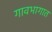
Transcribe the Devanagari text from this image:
गावभागात